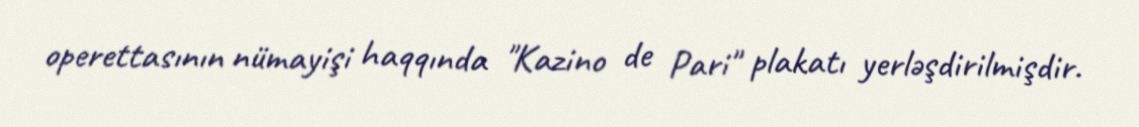
operettasının nümayişi haqqında "Kazino de Pari" plakatı yerləşdirilmişdir.